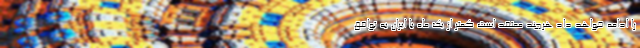
را ادامه خواهد داد هرچند معتقد است کمتر از یک ماه با ایران به توافق